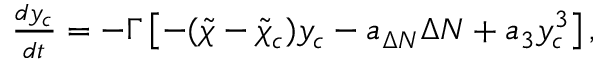
\begin{array} { r } { \frac { d y _ { c } } { d t } = - \Gamma \left[ - ( \tilde { \chi } - \tilde { \chi } _ { c } ) y _ { c } - a _ { \Delta N } \Delta N + a _ { 3 } y _ { c } ^ { 3 } \right] , } \end{array}